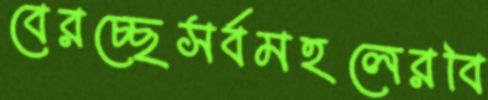
বেরচ্ছেসর্বমহলেরবি